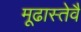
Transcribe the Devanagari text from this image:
मूढास्तेवै